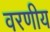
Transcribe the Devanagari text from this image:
वरणीय